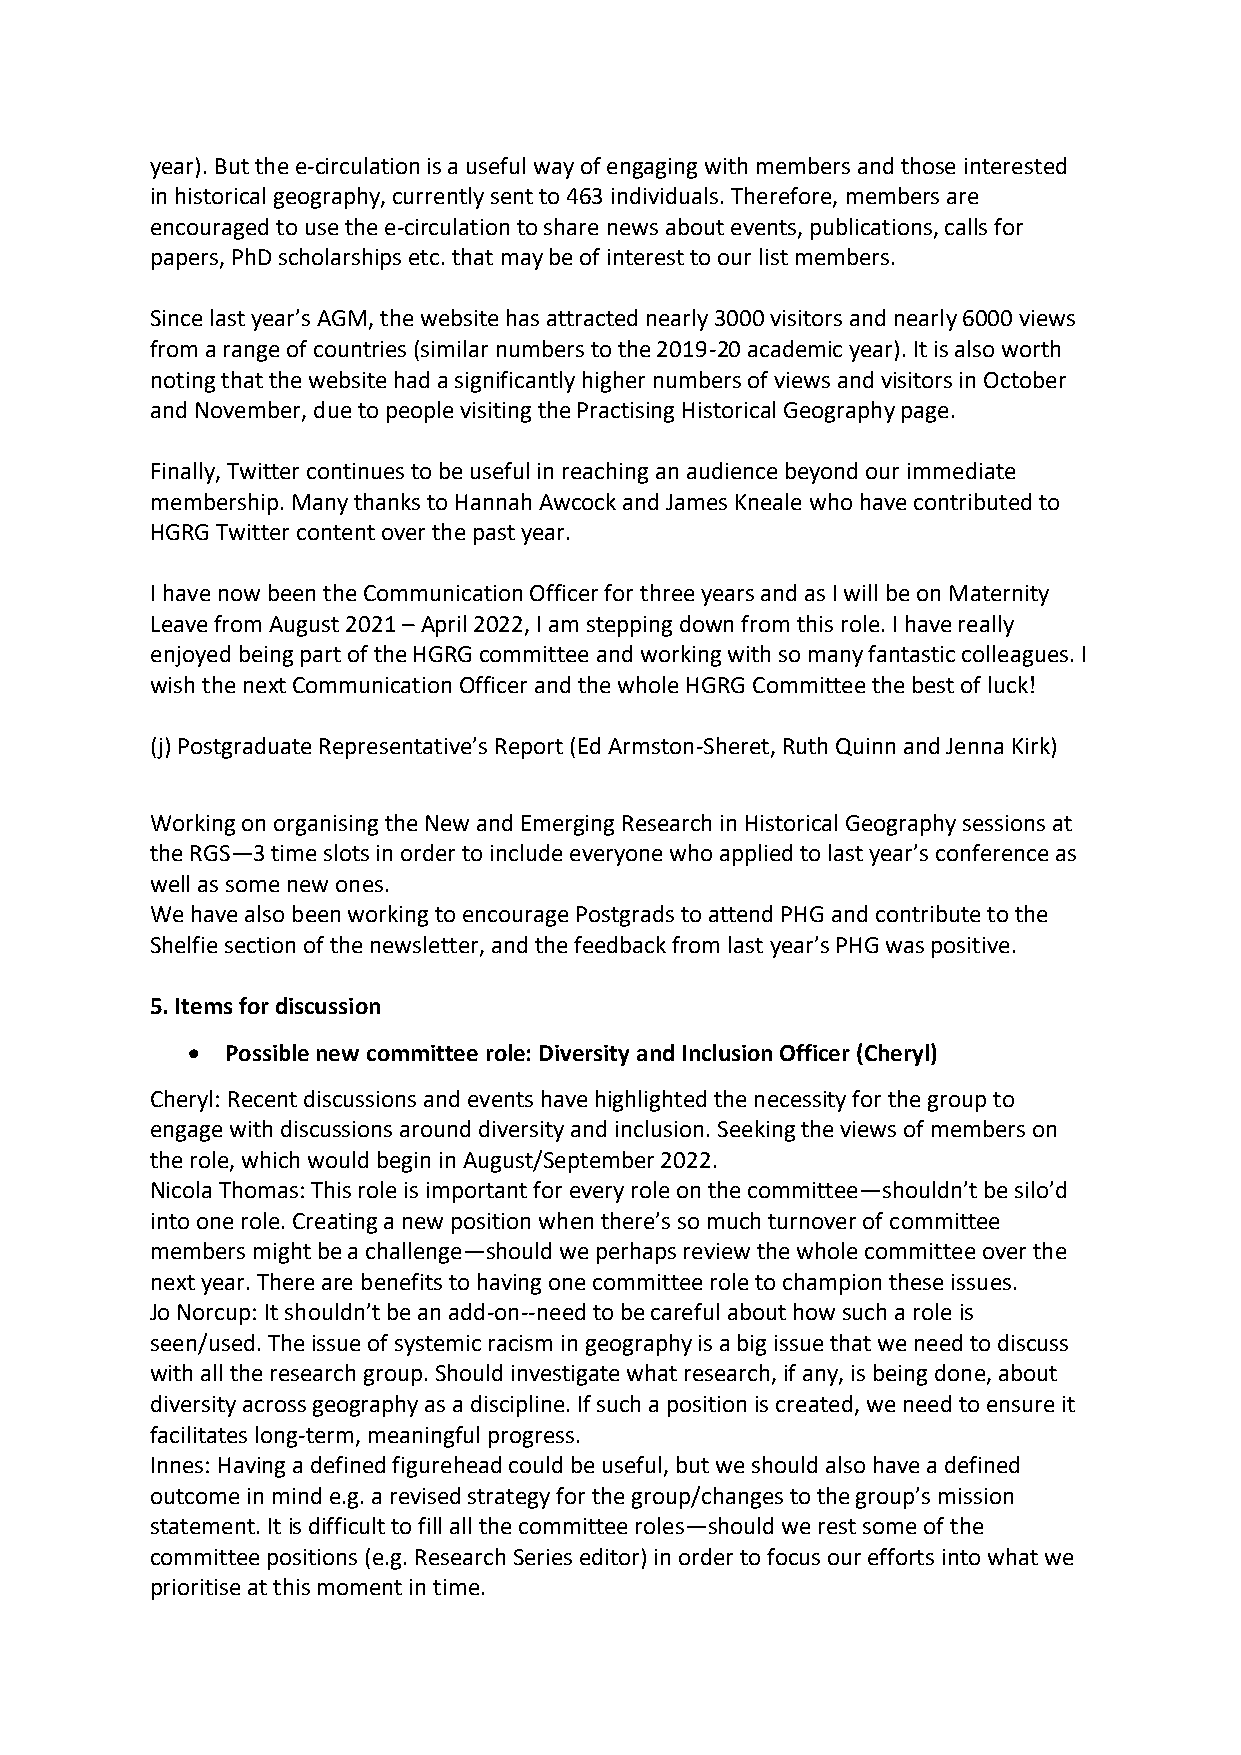
year). But the e-circulation is a useful way of engaging with members and those interested
 in historical geography, currently sent to 463 individuals. Therefore, members are
 encouraged to use the e-circulation to share news about events, publications, calls for
 papers, PhD scholarships etc. that may be of interest to our list members.
 Since last year’s AGM, the website has attracted nearly 3000 visitors and nearly 6000 views
 from a range of countries (similar numbers to the 2019-20 academic year). It is also worth
 noting that the website had a significantly higher numbers of views and visitors in October
 and November, due to people visiting the Practising Historical Geography page.
 Finally, Twitter continues to be useful in reaching an audience beyond our immediate
 membership. Many thanks to Hannah Awcock and James Kneale who have contributed to
 HGRG Twitter content over the past year.
 I have now been the Communication Officer for three years and as I will be on Maternity
 Leave from August 2021 – April 2022, I am stepping down from this role. I have really
 enjoyed being part of the HGRG committee and working with so many fantastic colleagues. I
 wish the next Communication Officer and the whole HGRG Committee the best of luck!
 (j) Postgraduate Representative’s Report (Ed Armston-Sheret, Ruth Quinn and Jenna Kirk)
 Working on organising the New and Emerging Research in Historical Geography sessions at
 the RGS—3 time slots in order to include everyone who applied to last year’s conference as
 well as some new ones.
 We have also been working to encourage Postgrads to attend PHG and contribute to the
 Shelfie section of the newsletter, and the feedback from last year’s PHG was positive.
 5. Items for discussion
 •  Possible new committee role: Diversity and Inclusion Officer (Cheryl)
 Cheryl: Recent discussions and events have highlighted the necessity for the group to
 engage with discussions around diversity and inclusion. Seeking the views of members on
 the role, which would begin in August/September 2022.
 Nicola Thomas: This role is important for every role on the committee—shouldn’t be silo’d
 into one role. Creating a new position when there’s so much turnover of committee
 members might be a challenge—should we perhaps review the whole committee over the
 next year. There are benefits to having one committee role to champion these issues.
 Jo Norcup: It shouldn’t be an add-on--need to be careful about how such a role is
 seen/used. The issue of systemic racism in geography is a big issue that we need to discuss
 with all the research group. Should investigate what research, if any, is being done, about
 diversity across geography as a discipline. If such a position is created, we need to ensure it
 facilitates long-term, meaningful progress.
 Innes: Having a defined figurehead could be useful, but we should also have a defined
 outcome in mind e.g. a revised strategy for the group/changes to the group’s mission
 statement. It is difficult to fill all the committee roles—should we rest some of the
 committee positions (e.g. Research Series editor) in order to focus our efforts into what we
 prioritise at this moment in time.